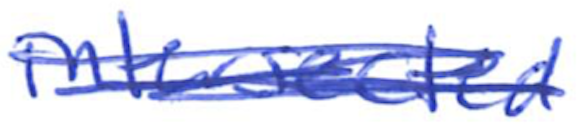
Text: intersected
Cross-out: scratch
Writing tool: ballpoint